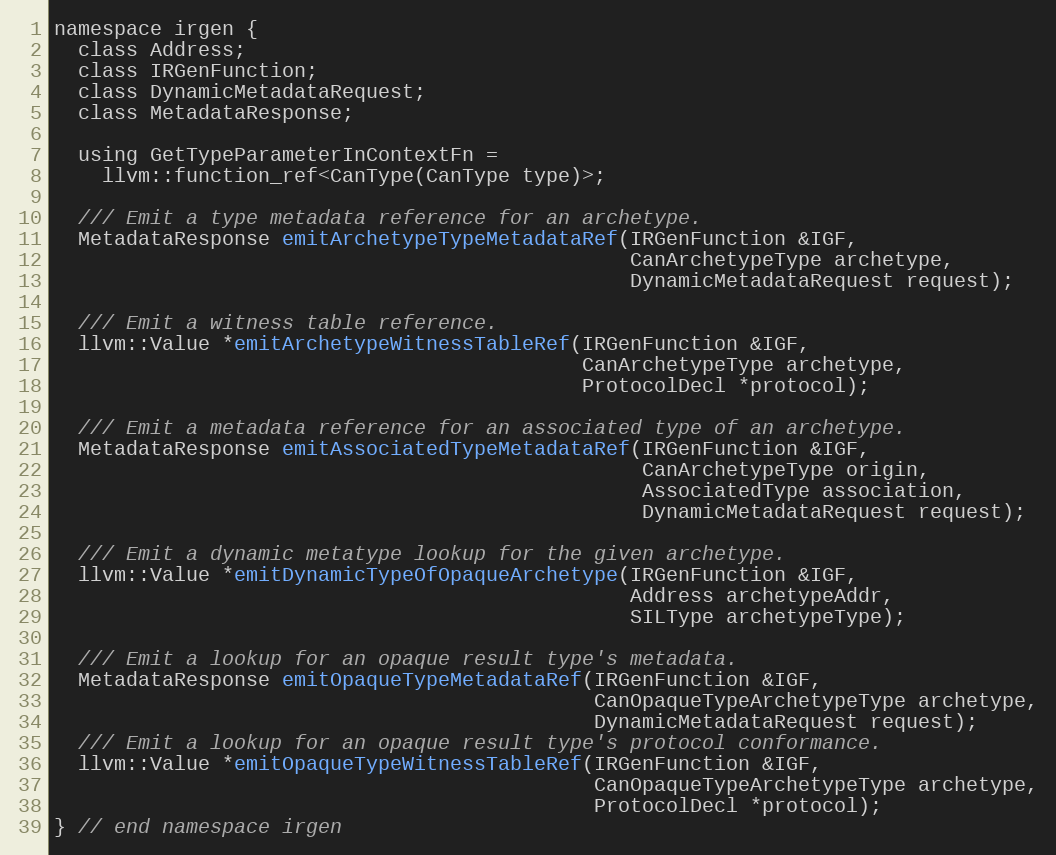
Language: C
namespace irgen {
  class Address;
  class IRGenFunction;
  class DynamicMetadataRequest;
  class MetadataResponse;

  using GetTypeParameterInContextFn =
    llvm::function_ref<CanType(CanType type)>;

  /// Emit a type metadata reference for an archetype.
  MetadataResponse emitArchetypeTypeMetadataRef(IRGenFunction &IGF,
                                                CanArchetypeType archetype,
                                                DynamicMetadataRequest request);

  /// Emit a witness table reference.
  llvm::Value *emitArchetypeWitnessTableRef(IRGenFunction &IGF,
                                            CanArchetypeType archetype,
                                            ProtocolDecl *protocol);

  /// Emit a metadata reference for an associated type of an archetype.
  MetadataResponse emitAssociatedTypeMetadataRef(IRGenFunction &IGF,
                                                 CanArchetypeType origin,
                                                 AssociatedType association,
                                                 DynamicMetadataRequest request);

  /// Emit a dynamic metatype lookup for the given archetype.
  llvm::Value *emitDynamicTypeOfOpaqueArchetype(IRGenFunction &IGF,
                                                Address archetypeAddr,
                                                SILType archetypeType);

  /// Emit a lookup for an opaque result type's metadata.
  MetadataResponse emitOpaqueTypeMetadataRef(IRGenFunction &IGF,
                                             CanOpaqueTypeArchetypeType archetype,
                                             DynamicMetadataRequest request);
  /// Emit a lookup for an opaque result type's protocol conformance.
  llvm::Value *emitOpaqueTypeWitnessTableRef(IRGenFunction &IGF,
                                             CanOpaqueTypeArchetypeType archetype,
                                             ProtocolDecl *protocol);
} // end namespace irgen